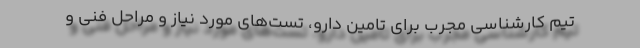
تیم کارشناسی مجرب برای تامین دارو، تست‌های مورد نیاز و مراحل فنی و